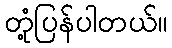
တုံ့ပြန်ပါတယ်။